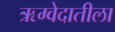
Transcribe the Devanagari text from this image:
ऋग्वेदातीला